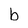
Character: b